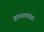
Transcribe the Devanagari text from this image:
ग्रामनामांवर